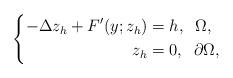
LaTeX: \begin{align*}\left \{\begin{aligned}-\Delta z_{h} + F'(y;z_{h})&=h, \;\; \Omega,\\z_{h}&=0, \;\; \partial \Omega,\end{aligned}\right. \end{align*}